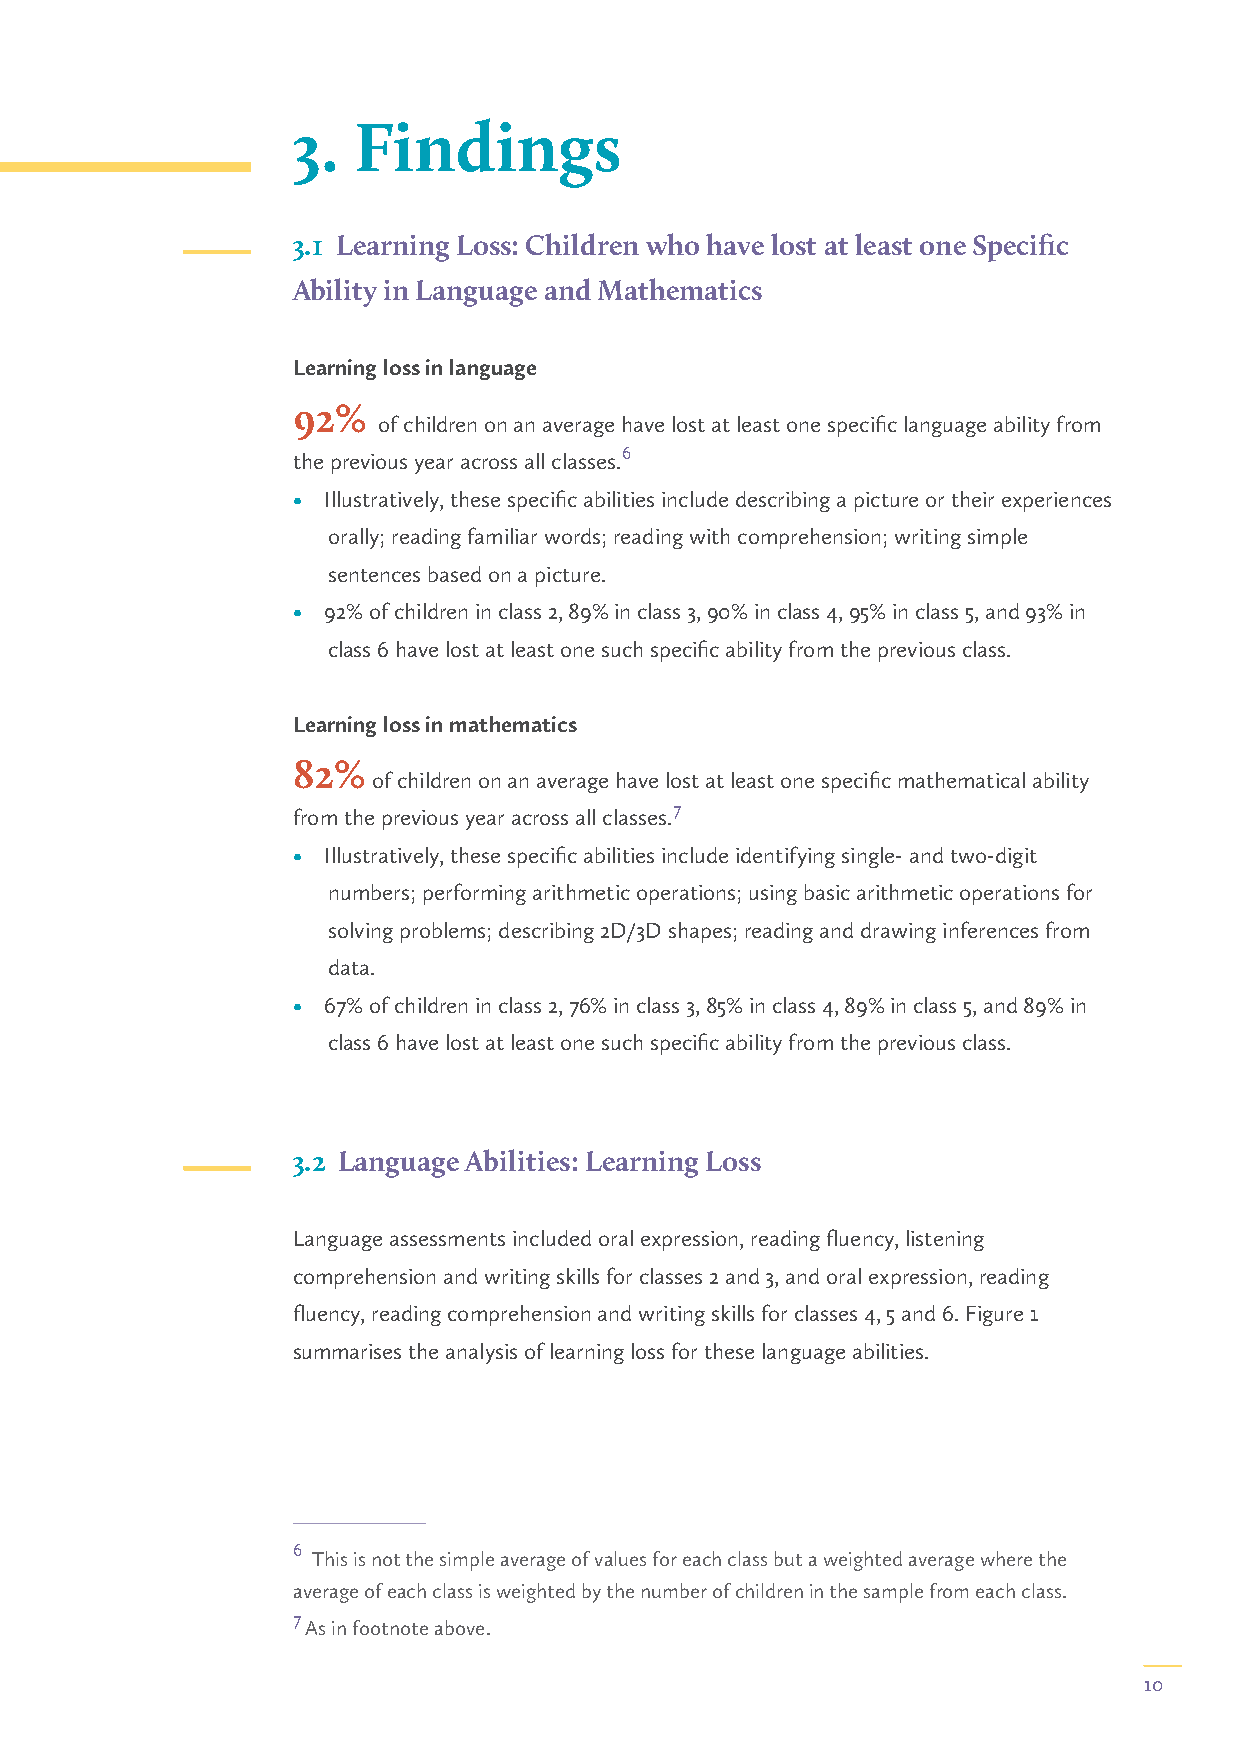
3.  Findings
 3.1 Learning Loss: Children who have lost at least one Specific
 Ability in Language and Mathematics
 Learning loss in language
 92%
 of children on an average have lost at least one specific language ability from
 6
 the previous year across all classes.
 • Illustratively, these specific abilities include describing a picture or their experiences
 orally; reading familiar words; reading with comprehension; writing simple
 sentences based on a picture.
 • 92% of children in class 2, 89% in class 3, 90% in class 4, 95% in class 5, and 93% in
 class 6 have lost at least one such specific ability from the previous class.
 Learning loss in mathematics
 82%
 of children on an average have lost at least one specific mathematical ability
 7
 from the previous year across all classes.
 • Illustratively, these specific abilities include identifying single- and two-digit
 numbers; performing arithmetic operations; using basic arithmetic operations for
 solving problems; describing 2D/3D shapes; reading and drawing inferences from
 data.
 • 67% of children in class 2, 76% in class 3, 85% in class 4, 89% in class 5, and 89% in
 class 6 have lost at least one such specific ability from the previous class.
 3.2 Language Abilities: Learning Loss
 Language assessments included oral expression, reading fluency, listening
 comprehension and writing skills for classes 2 and 3, and oral expression, reading
 fluency, reading comprehension and writing skills for classes 4, 5 and 6. Figure 1
 summarises the analysis of learning loss for these language abilities.
 6
 This is not the simple average of values for each class but a weighted average where the
 average of each class is weighted by the number of children in the sample from each class.
 7
 As in footnote above.
 10